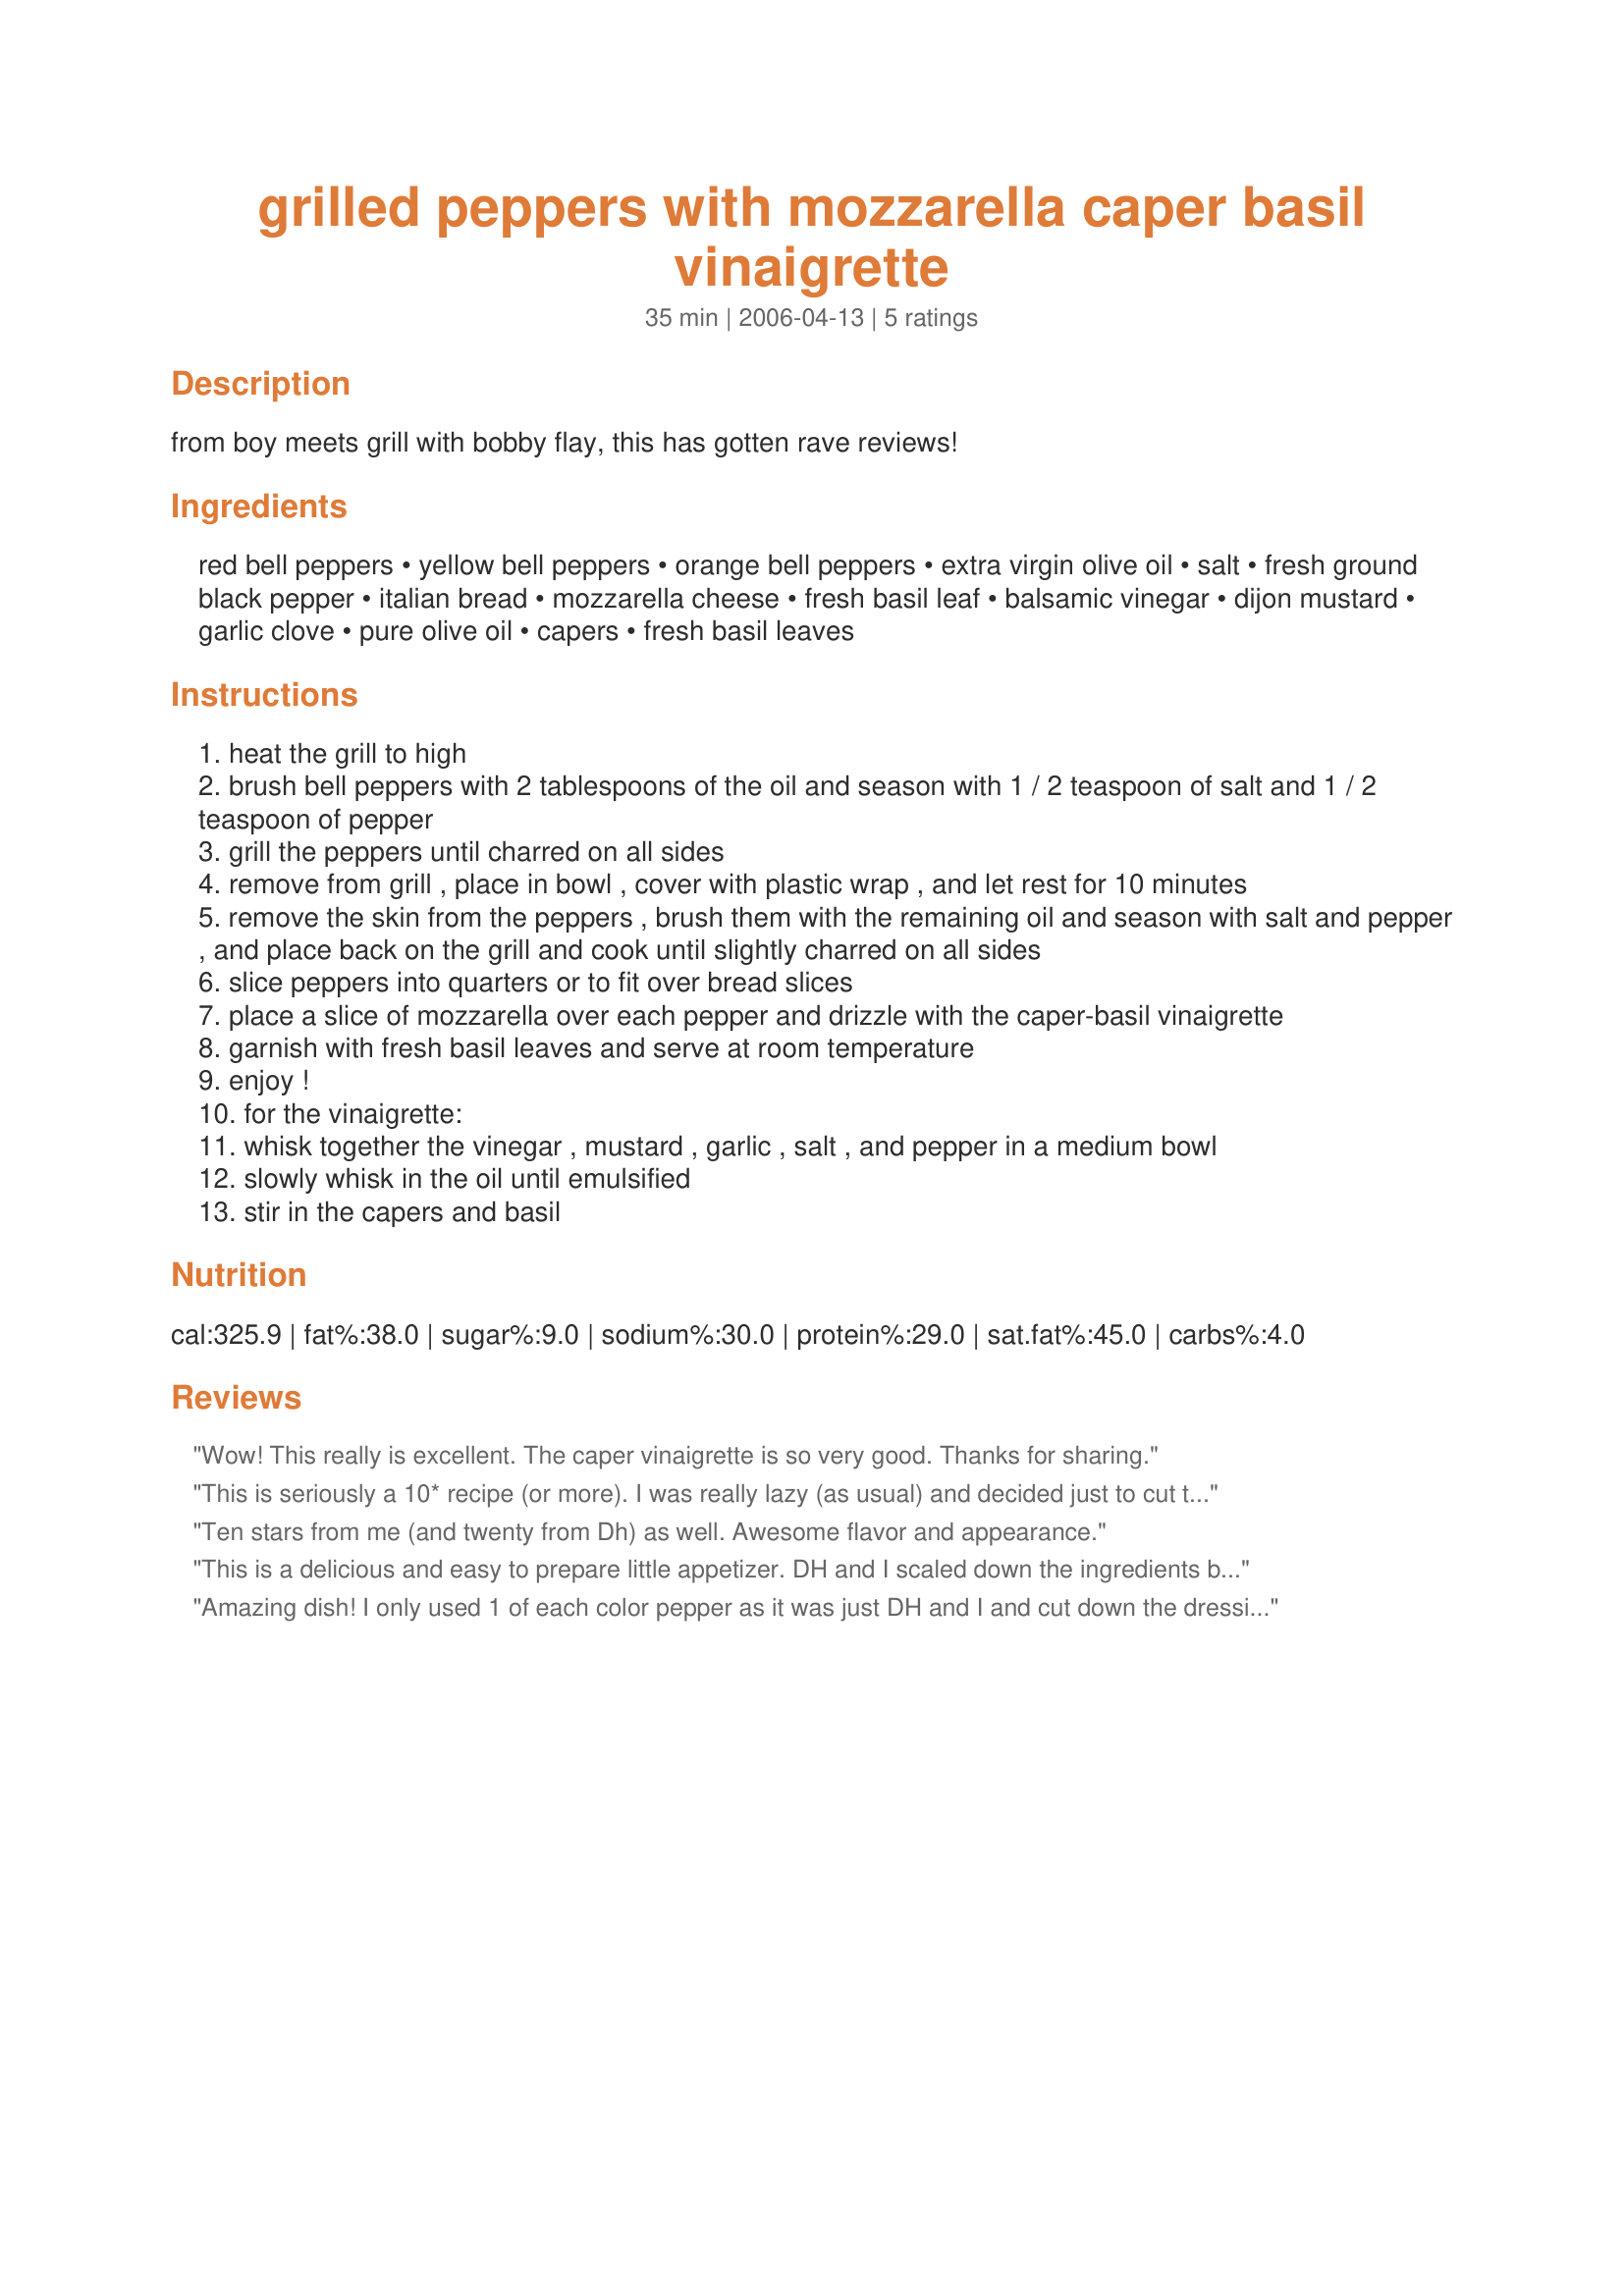
grilled peppers with mozzarella caper basil vinaigrette
Preparation time: 35 minutes

from boy meets grill with bobby flay, this has gotten rave reviews!

Ingredients:
red bell peppers, yellow bell peppers, orange bell peppers, extra virgin olive oil, salt, fresh ground black pepper, italian bread, mozzarella cheese, fresh basil leaf, balsamic vinegar, dijon mustard, garlic clove, pure olive oil, capers, fresh basil leaves

Steps:
heat the grill to high
brush bell peppers with 2 tablespoons of the oil and season with 1 / 2 teaspoon of salt and 1 / 2 teaspoon of pepper
grill the peppers until charred on all sides
remove from grill , place in bowl , cover with plastic wrap , and let rest for 10 minutes
remove the skin from the peppers , brush them with the remaining oil and season with salt and pepper , and place back on the grill and cook until slightly charred on all sides
slice peppers into quarters or to fit over bread slices
place a slice of mozzarella over each pepper and drizzle with the caper-basil vinaigrette
garnish with fresh basil leaves and serve at room temperature
enjoy !
for the vinaigrette:
whisk together the vinegar , mustard , garlic , salt , and pepper in a medium bowl
slowly whisk in the oil until emulsified
stir in the capers and basil

Reviews:
Wow! This really is excellent. The caper vinaigrette is so very good. Thanks for sharing.
This is seriously a 10* recipe (or more). I was really lazy (as usual) and decided just to cut the peppers in half (and deseed). I laid them out on a platter, althernating colours, put the mozzarella pieces over top, added the dressing and served with the bread on the side to dip into the juices. I made for a wonderful presentation and I recommend this to anyone as it makes an awesome antipasti platter. The caper vinaigrette is divine. It really doesn't get any better than this.
Ten stars from me (and twenty from Dh) as well. Awesome flavor and appearance.
This is a delicious and easy to prepare little appetizer. DH and I scaled down the ingredients by half to serve just he and myself. We used all red bell peppers because that is what we had growing in the garden. I loved the fresh taste of the basil, combined with the balsamic and grilled peppers. We would definitely have this again. Thanks for sharing.
Amazing dish! I only used 1 of each color pepper as it was just DH and I and cut down the dressing a bit. I had made this as an appetizer but we ended up just gorging on this and never made dinner. The vinaigrette would be awesome with a salad as well. I will definitely make this again. Thanks for the keeper!
